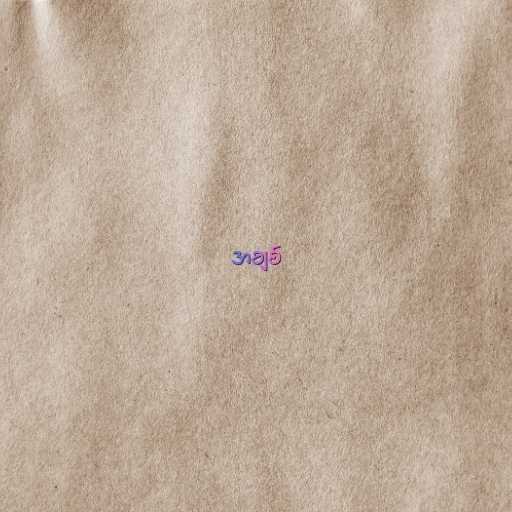
အချစ်